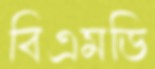
বিএমডি